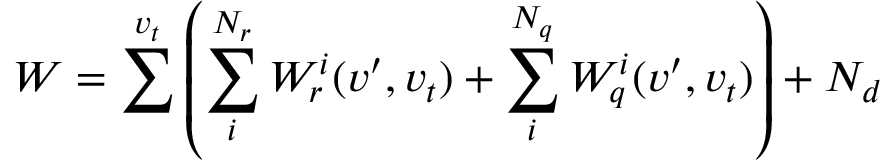
W = \sum ^ { v _ { t } } \left( \sum _ { i } ^ { N _ { r } } W _ { r } ^ { i } ( v ^ { \prime } , v _ { t } ) + \sum _ { i } ^ { N _ { q } } W _ { q } ^ { i } ( v ^ { \prime } , v _ { t } ) \right) + N _ { d }